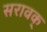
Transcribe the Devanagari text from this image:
सरावक्